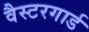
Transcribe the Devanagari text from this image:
वैस्टरगार्ड